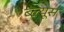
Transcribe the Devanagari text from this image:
ब्ल्यूस